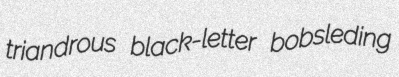
triandrous black-letter bobsleding